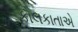
કોલકાતાએ